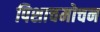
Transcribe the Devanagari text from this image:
पिशाचमोचन